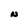
Character: N